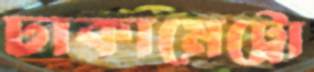
ঢাকামেট্রো